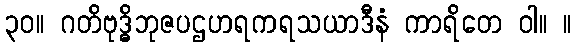
၃၀။ ဂတိဗုဒ္ဓိဘုဇပဌဟရကရသယာဒီနံ ကာရိတေ ဝါ။ ။